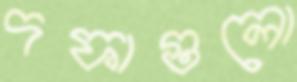
দফাগুলো